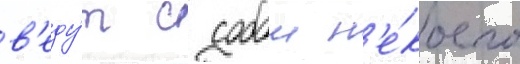
в'еду́т с собои н'е́коего